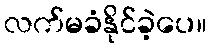
လက်မခံနိုင်ခဲ့ပေ။